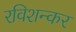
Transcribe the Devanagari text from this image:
रविशन्कर